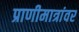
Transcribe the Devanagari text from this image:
प्राणीमात्रांवर